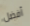
أفضل